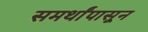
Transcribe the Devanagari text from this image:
समर्थांपासून